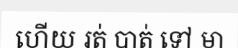
ហើយ រត់ បាត់ ទៅ មា